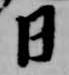
日